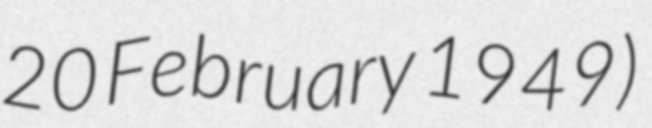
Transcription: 20 February 1949)